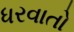
ધરવાતો